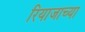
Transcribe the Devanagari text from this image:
रियाजाच्या